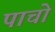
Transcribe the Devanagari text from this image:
पाचो